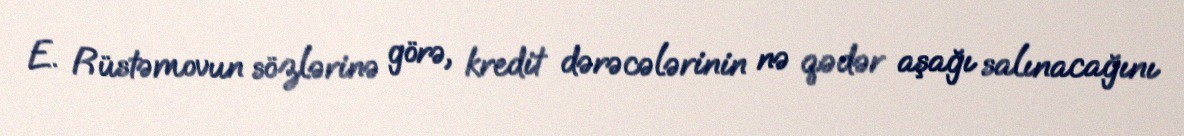
E. Rüstəmovun sözlərinə görə, kredit dərəcələrinin nə qədər aşağı salınacağını